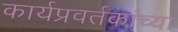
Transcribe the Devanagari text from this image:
कार्यप्रवर्तकांच्या